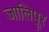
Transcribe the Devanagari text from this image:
जालिपूर